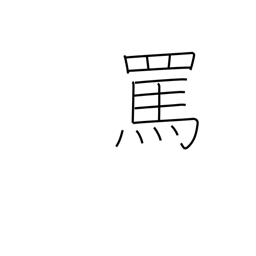
Meaning: abuse